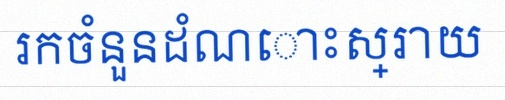
រកចំនួនដំណោះស្រាយ